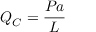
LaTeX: Q _ { C } = { \frac { P a } { L } }